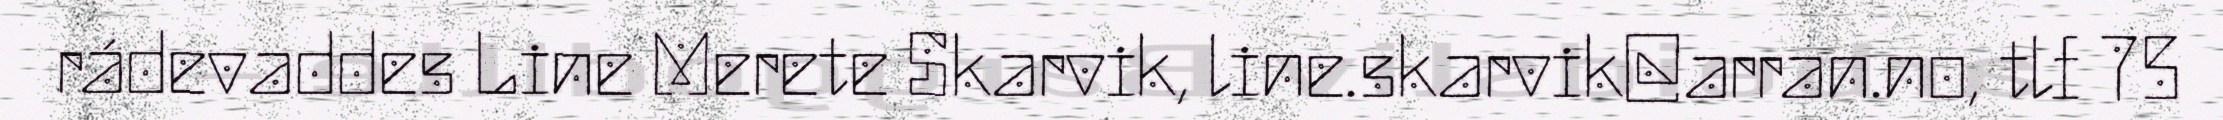
rádevaddes Line Merete Skarvik, line.skarvik@arran.no, tlf 75